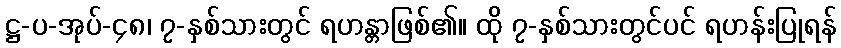
ဋ္ဌ-ပ-အုပ်-၄၈၊ ၇-နှစ်သားတွင် ရဟန္တာဖြစ်၏။ ထို ၇-နှစ်သားတွင်ပင် ရဟန်းပြုရန်